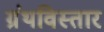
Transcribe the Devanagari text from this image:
ग्रंथविस्तार